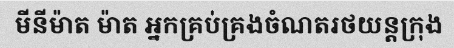
មីនីម៉ាត ម៉ាត អ្នកគ្រប់គ្រងចំណតរថយន្តក្រុង